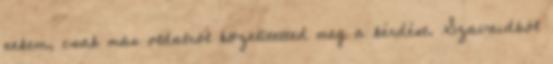
nekem, csak más oldalról közelítetted meg a kérdést. Szavaidból